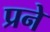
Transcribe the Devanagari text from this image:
प्रने